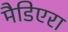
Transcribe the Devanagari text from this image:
मैडिएरा